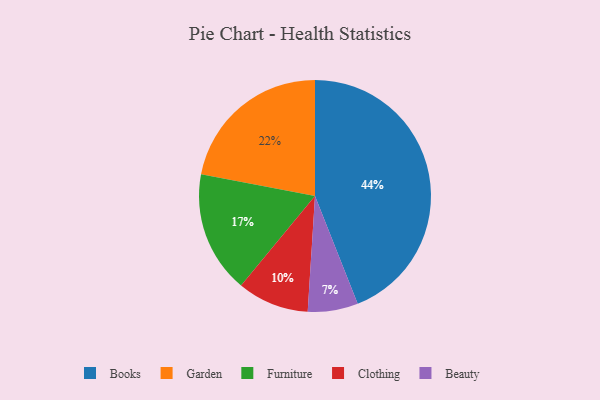
{"axis": {"x": "Category", "y": "Percentage"}, "legend": ["Beauty", "Books", "Clothing", "Furniture", "Garden"], "data": [{"x": "Books", "y": 44, "type": "Books"}, {"x": "Furniture", "y": 17, "type": "Furniture"}, {"x": "Beauty", "y": 7, "type": "Beauty"}, {"x": "Clothing", "y": 10, "type": "Clothing"}, {"x": "Garden", "y": 22, "type": "Garden"}]}